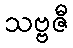
သဗ္ဗဇီ